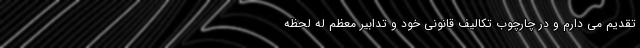
تقدیم می دارم و در چارچوب تکالیف قانونی خود و تدابیر معظم له لحظه